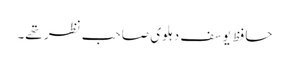
حافظ یوسف دہلوی صاحب نظر تھے۔